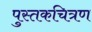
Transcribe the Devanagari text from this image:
पुस्तकचित्रण